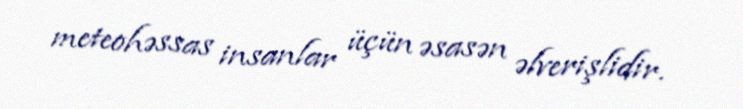
meteohəssas insanlar üçün əsasən əlverişlidir.